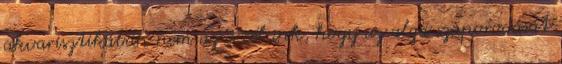
akvarisztikában nem az a célunk, hogy az alga szaporodását